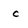
Character: c